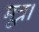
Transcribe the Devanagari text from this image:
मूत्र।